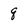
Character: q